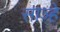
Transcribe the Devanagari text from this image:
साञ्हे